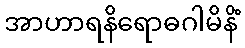
အာဟာရနိရောဓဂါမိနိံ